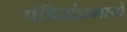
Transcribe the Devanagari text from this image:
पंडितांप्रमाणे